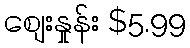
စျေးနှုန်း $5.99